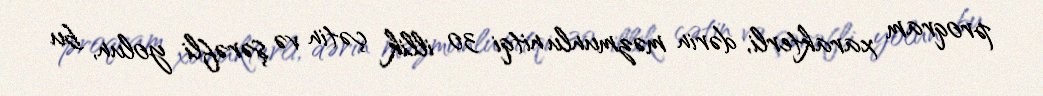
proqram xarakterli, dərin məzmunlu nitqi 30 illik çətin və şərəfli yolun, bu